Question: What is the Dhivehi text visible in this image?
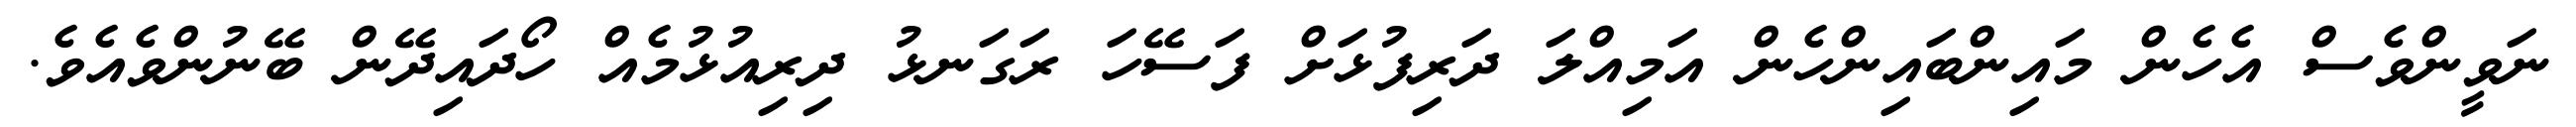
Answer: ނަވީންވެސް އެހެން މައިންބައިންހެން އަމިއްލަ ދަރިފުޅަށް ފަސޭހަ ރަގަނޅު ދިރިއުޅުމެއް ހޯދައިދޭން ބޭނުންވެއެވެ.